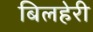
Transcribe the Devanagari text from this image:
बिलहेरी